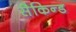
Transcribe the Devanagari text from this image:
सैकिन्ड